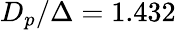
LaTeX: D_{p}/\Delta=1.432